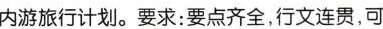
内游旅行计划.要求:要点齐全,行文连贯,可